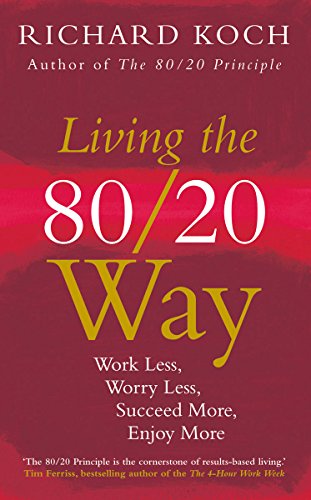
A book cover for Living the 80/20 Way, New Edition: Work Less, Worry Less, Succeed More, Enjoy More; Richard Koch; Self-Help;